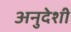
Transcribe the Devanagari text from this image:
अनुदेशी